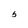
Character: 5